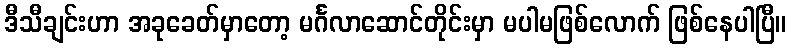
ဒီသီချင်းဟာ အခုခေတ်မှာတော့ မင်္ဂလာဆောင်တိုင်းမှာ မပါမဖြစ်လောက် ဖြစ်နေပါပြီ။